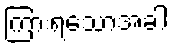
ကြားရသောအခါ